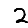
Digit: 2